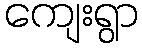
ကျေးရွာ